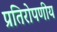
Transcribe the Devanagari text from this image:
प्रतिरोपणीय